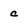
Character: c